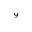
^ { 9 }